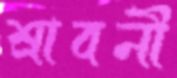
শ্রাবনী